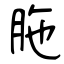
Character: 胣